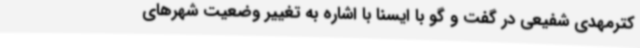
کترمهدی شفیعی در گفت و گو با ایسنا با اشاره به تغییر وضعیت شهرهای